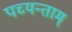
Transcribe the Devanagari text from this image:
पच्यन्ताम्‌